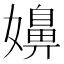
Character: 嬶